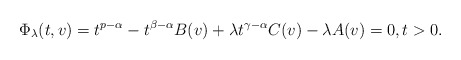
\begin{align*} \Phi_\lambda(t,v) = t^{p-\alpha} - t^{\beta-\alpha} B(v) + \lambda t^{\gamma-\alpha} C(v) - \lambda A(v) = 0, t > 0.\end{align*}